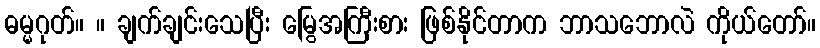
ဓမ္မဂုတ်။ ။ ချက်ချင်းသေပြီး မြွေအကြီးစား ဖြစ်နိုင်တာက ဘာသဘောလဲ ကိုယ်တော်။